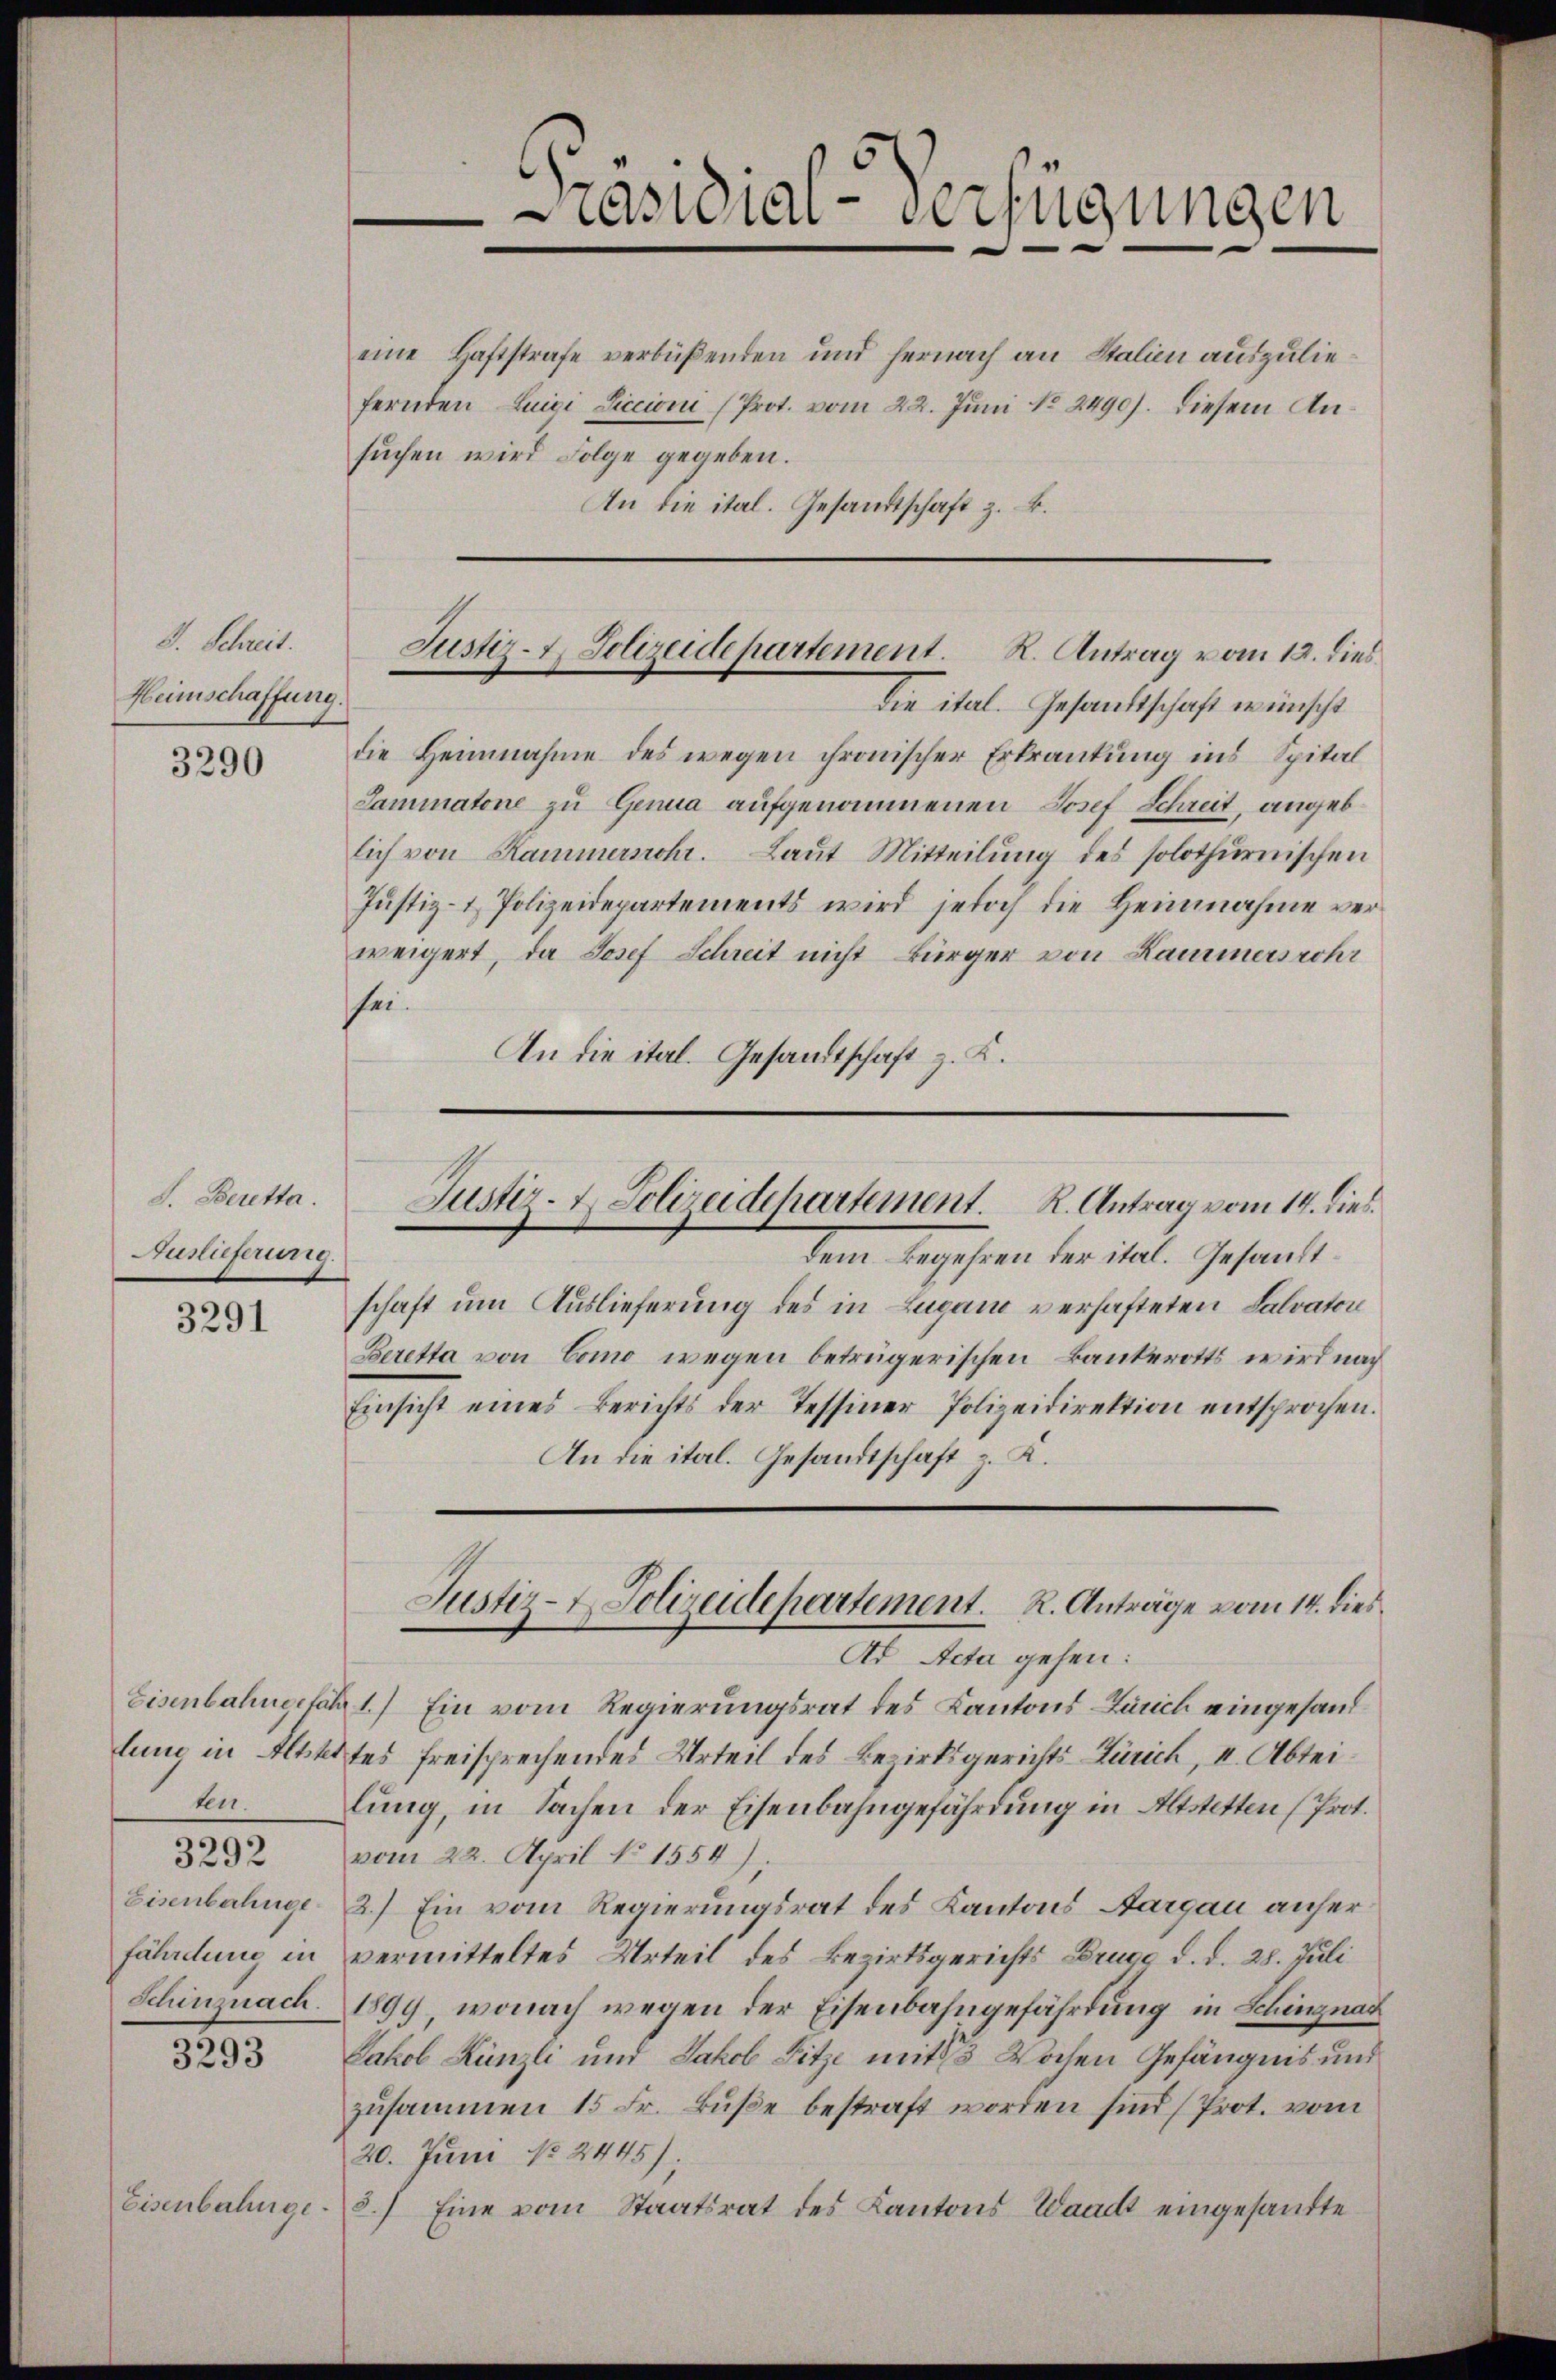
S. Schreit.
Heimschaffung.
3290

S. Beretta.
Fusuferung.

3291

ten.

3293

Eisenbahnge

eine Haftstrafe verbüßenden und hernach an Stalien auszuliefernden Luigi Liccioni (Prot. vom 22. Juni No 2490). Diesem Ansuchen wird Folge gegeben.
An die ital. Gesandtschaft z. B.

Präsidial-Verfügungen

Justiz- & Polizeidepartement. K. Antrag vom 12. dies

Justiz- & Polizeidchartement. R. Antrag vom 14. dies

die ital. Gesandtschaft wünscht
die Heimnahme des wegen chronischer Erkrankung ins Spital
Saminatone zu Genua aufgenommenen Josef Schreit, angeblich von Kammerschr. Laŭt Mitteilŭng des solothurnischen
Justiz- & Polizeidepartements wird jedoch die Heinnahme verweigert, da Josef Schreit nicht Bürger von Kammersrohr
sei.
An die ital. Gesandtschaft z. K.

tent begehren der ital. Gesandt.
schaft um Auslieferung des in Lugano verhafteten Salvator
Beretta von Como wegen betrügerischen Bankerotts wird nach
Einsicht eines Berichts der Tessiner Polizeidirektion entsprochen.
An die ital. Gesandtschaft z. K.
Eisenbahngefahr 1.) Ein vom Regierungsrat des Kantons Zürich eingesandlung in Altertes freisprechendes Urteil des Bezirksgerichts Zürich, II. Abteilung, in Sachen der Eisenbahngefährdung in Altstetten (Prot.
§232 vom 22. April No 1554);
Eisenbahnge 2.) Ein vom Regierungsrat des Kantons Aargau anher¬
Fäladung in vermitteltes Urteil des Bezirksgerichts Brugg d. d. 28. Juli
Schinznach 1899, wonach wegen der Eisenbahngefährdung in Schingnad
Jakob Künzli und Jakob Fitze mit 3 Wochen Gefängnis und
zusammen 15 Fr. Buße bestraft worden sind (Prot. vom
20. Juni 182445);
2.) Eine vom Staatsrat des Kantons Waadt eingesandte

Justiz- & Polizeidepartement. R. Anträge vom 14. dies
Ad Acta gehen: